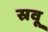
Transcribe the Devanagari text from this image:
स्रवू